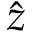
\hat { z }